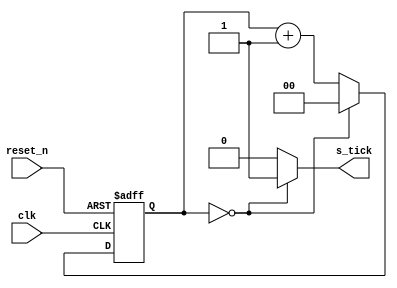
/*
    A mod-m counter counts from 0 to M-1, then resets to 0.
*/

module uart_sampling_tick #(
    parameter SYS_FREQ  = 50000000,
    parameter BAUD_RATE = 921600,
    parameter CLOCK     = SYS_FREQ/BAUD_RATE,
    parameter SAMPLE    = 32,
    parameter BAUD_DVSR = SYS_FREQ/(SAMPLE*BAUD_RATE) // baud rate divisor
) (
    input wire      clk, reset_n,
    output wire     s_tick
);
    parameter N = $clog2(BAUD_DVSR);
    /* Since this state machine has only 1 state (inc) hence it can skip the state declaration */
    //signcal declaration
    reg [N-1:0] cnt_reg;
    wire [N-1:0] cnt_next;
    //register
    always @(posedge clk or negedge reset_n) begin
        if (~reset_n) begin
            cnt_reg<=0;
        end
        else cnt_reg <= cnt_next;
    end
    //next-state logic
    assign cnt_next = (cnt_reg == (BAUD_DVSR-1)) ? 0 : (cnt_reg + 1);
    //output logic
    assign s_tick = (cnt_reg == (BAUD_DVSR-1)) ? 1'b1 : 1'b0;
endmodule